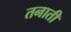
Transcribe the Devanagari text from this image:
तनाती